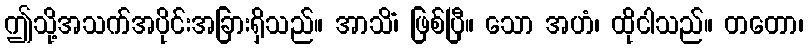
ဤသို့အသက်အပိုင်းအခြားရှိသည်။ အာသိံ၊ ဖြစ်ပြီ။ သော အဟံ၊ ထိုငါသည်။ တတော၊